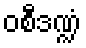
ဝစီဒဏ္ဍံ